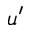
u ^ { \prime }